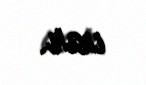
var.